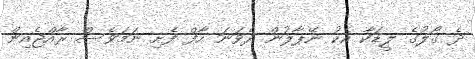
ދެ ގޯލުގެ ލީޑަކާ އެކު ނޭޕާލުން ދެވަނަ ހާފް ފެށި ނަމަވެސް ރާއްޖެއިން